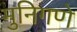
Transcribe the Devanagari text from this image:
मुनिगणे